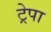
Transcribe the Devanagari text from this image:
ट्रेपा